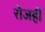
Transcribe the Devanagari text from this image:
रोजही